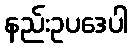
နည်းဥပဒေပါ